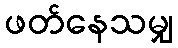
ဖတ်နေသမျှ